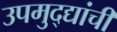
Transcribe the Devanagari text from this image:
उपमुद्द्यांची